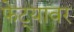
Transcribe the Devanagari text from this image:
फेट्यावर